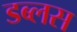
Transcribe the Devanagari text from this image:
डब्लस